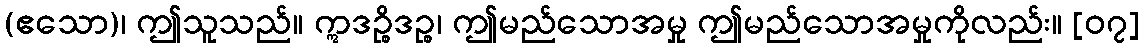
(ဧသော)၊ ဤသူသည်။ ဣဒဉ္စိဒဉ္စ၊ ဤမည်သောအမှု ဤမည်သောအမှုကိုလည်း။ [၀၇]